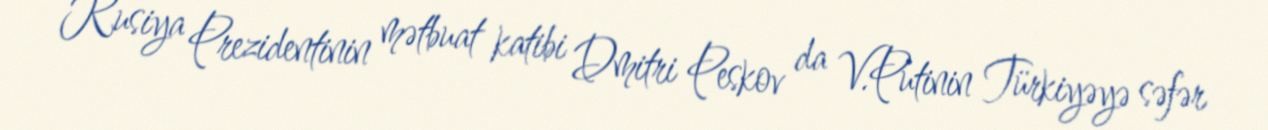
Rusiya Prezidentinin mətbuat katibi Dmitri Peskov da V.Putinin Türkiyəyə səfər